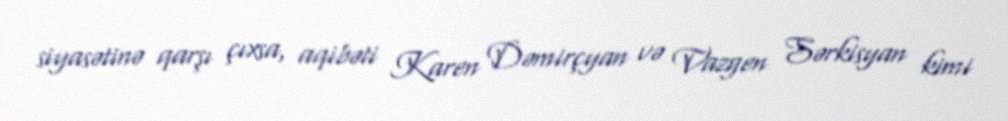
siyasətinə qarşı çıxsa, aqibəti Karen Dəmirçyan və Vazgen Sərkisyan kimi